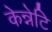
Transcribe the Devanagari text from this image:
केन्नेटि